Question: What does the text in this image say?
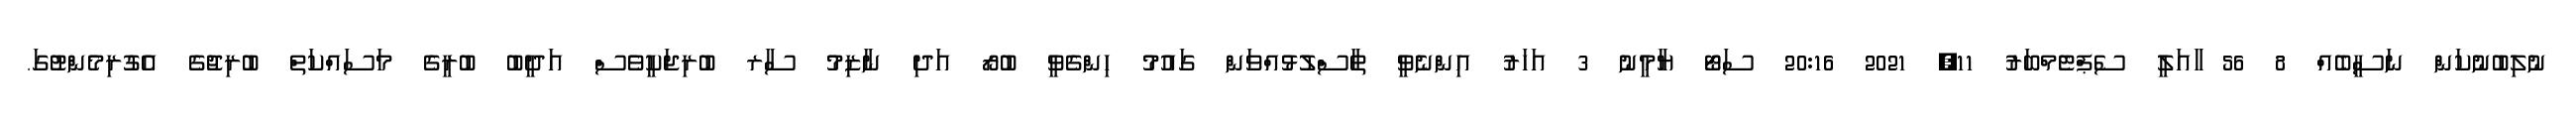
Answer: ނުލިބުނުކަން ނަސީބެއް 8 56 ާއަލީ ސެޕްޓެމްބަރު 11, 2021 20:16 ސަޓޯ ޔާމީނު 3 އަހަރު އިންނެވީ ތާސްލުޅުއްވަން ގައުމު ހިންގެވީ ބުރޯ އަދި ނާޒިމު ސާރ ބުރިޖަކީވެސް އަދީބު ބުރީގެ މަސައްކަތް ބުރިޖުގެ އެގުރިމެންޓުގަ.